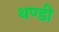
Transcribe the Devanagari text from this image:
थण्डी